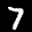
Label: 7